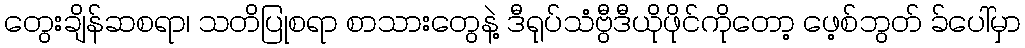
တွေးချိန်ဆစရာ၊ သတိပြုစရာ စာသားတွေနဲ့ ဒီရုပ်သံဗွီဒီယိုဖိုင်ကိုတော့ ဖေ့စ်ဘွတ် ခ်ပေါ်မှာ